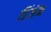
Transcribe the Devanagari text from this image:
डिंजेन